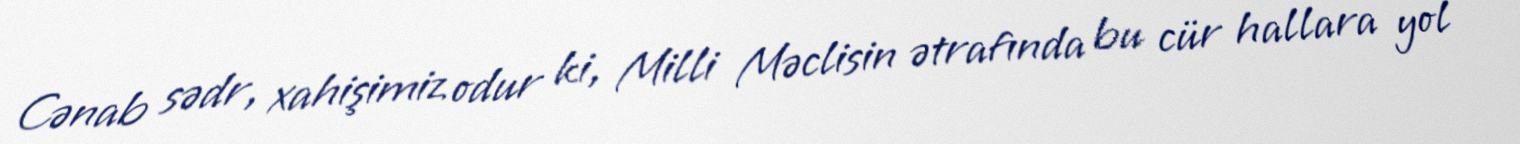
Cənab sədr, xahişimiz odur ki, Milli Məclisin ətrafında bu cür hallara yol